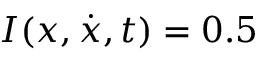
I ( x , \dot { x } , t ) = 0 . 5